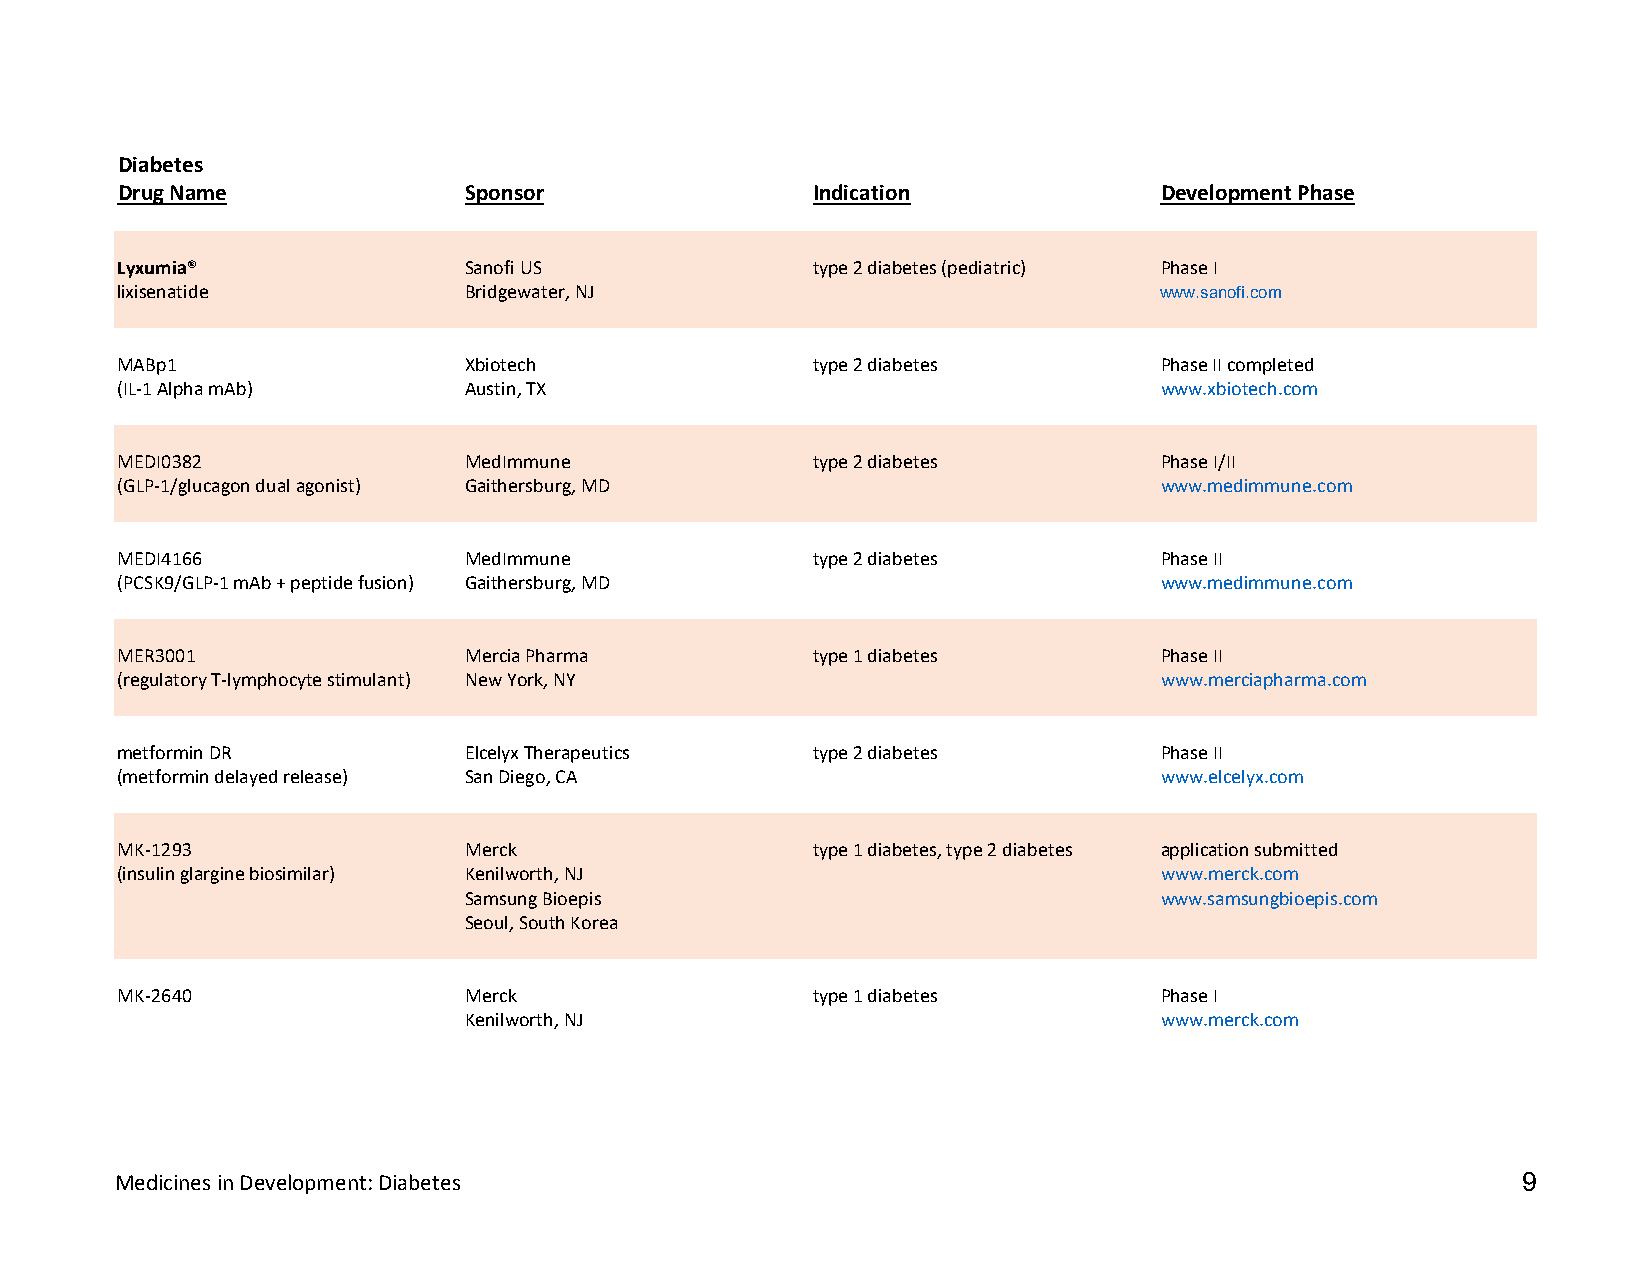
Diabetes
 Drug Name              Sponsor                Indication             Development Phase
 Lyxumia®               Sanofi US              type 2 diabetes (pediatric) Phase I
 lixisenatide           Bridgewater, NJ                               www.sanofi.com
 MABp1                  Xbiotech               type 2 diabetes        Phase II completed
 (IL-1 Alpha mAb)       Austin, TX                                    www.xbiotech.com
 MEDI0382               MedImmune              type 2 diabetes        Phase I/II
 (GLP-1/glucagon dual agonist) Gaithersburg, MD                       www.medimmune.com
 MEDI4166               MedImmune              type 2 diabetes        Phase II
 (PCSK9/GLP-1 mAb + peptide fusion) Gaithersburg, MD                  www.medimmune.com
 MER3001                Mercia Pharma          type 1 diabetes        Phase II
 (regulatory T-lymphocyte stimulant) New York, NY                     www.merciapharma.com
 metformin DR           Elcelyx Therapeutics   type 2 diabetes        Phase II
 (metformin delayed release) San Diego, CA                            www.elcelyx.com
 MK-1293                Merck                  type 1 diabetes, type 2 diabetes application submitted
 (insulin glargine biosimilar) Kenilworth, NJ                         www.merck.com
 Samsung Bioepis                               www.samsungbioepis.com
 Seoul, South Korea
 MK-2640                Merck                  type 1 diabetes        Phase I
 Kenilworth, NJ                                www.merck.com
 Medicines in Development: Diabetes                                                           9